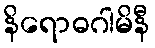
နိရောဓဂါမိနီ